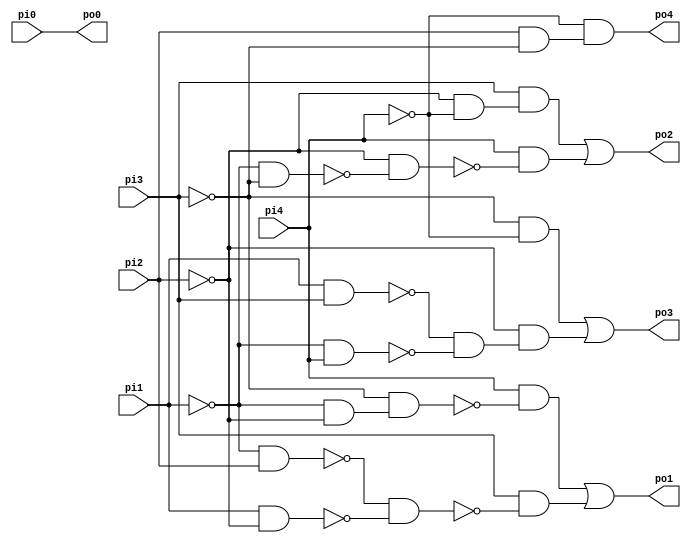
// Benchmark "b02_opt_C" written by ABC on Thu Oct  5 16:36:41 2017

module b02_opt_C ( 
    pi0, pi1, pi2, pi3, pi4,
    po0, po1, po2, po3, po4 );
  input  pi0, pi1, pi2, pi3, pi4;
  output po0, po1, po2, po3, po4;
  wire n11, n12, n13, n14, n15, n16, n17, n19, n20, n21, n22, n23, n25, n26,
    n27, n28, n29, n31;
  assign n11 = ~pi1 & ~pi2;
  assign n12 = ~pi3 & n11;
  assign n13 = pi4 & ~n12;
  assign n14 = ~pi1 & pi2;
  assign n15 = pi1 & ~pi2;
  assign n16 = ~n14 & ~n15;
  assign n17 = pi3 & ~n16;
  assign po1 = n13 | n17;
  assign n19 = ~pi2 & ~pi4;
  assign n20 = pi3 & n19;
  assign n21 = ~pi1 & ~pi3;
  assign n22 = ~pi2 & ~n21;
  assign n23 = pi4 & ~n22;
  assign po2 = n20 | n23;
  assign n25 = ~pi3 & ~pi4;
  assign n26 = pi1 & pi3;
  assign n27 = ~pi1 & pi4;
  assign n28 = ~n26 & ~n27;
  assign n29 = ~pi2 & n28;
  assign po3 = n25 | n29;
  assign n31 = pi2 & ~pi3;
  assign po4 = ~pi4 & n31;
  assign po0 = pi0;
endmodule